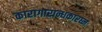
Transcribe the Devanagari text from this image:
कारागारान्धकारघ्नः